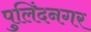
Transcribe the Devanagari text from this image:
पुलिंदनगर